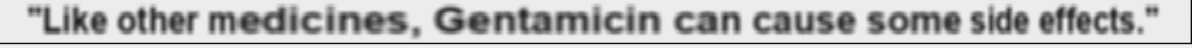
"Like other medicines, Gentamicin can cause some side effects."